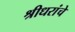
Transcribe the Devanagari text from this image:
श्रीधरांचे